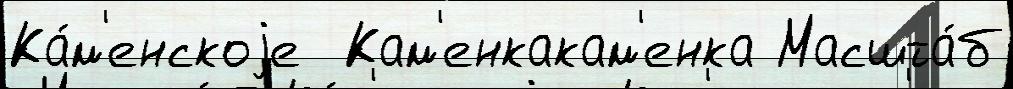
Ка́м'енскоjе  Кам'енкакам'енка Масшта́б